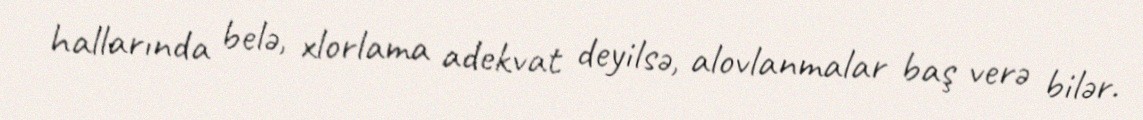
hallarında belə, xlorlama adekvat deyilsə, alovlanmalar baş verə bilər.